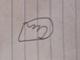
Signature authenticity: forged